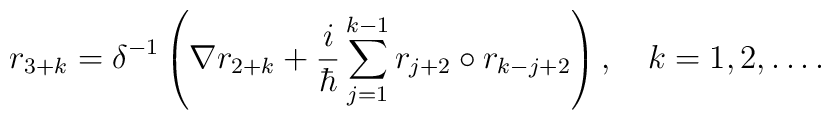
r_{3+k}=\delta ^{-1}\left( \nabla r_{2+k}+\frac i\hbar\sum\limits_{j=1}^{k-1}r_{j+2}\circ r_{k-j+2}\right) ,\quad k=1,2,\ldots .